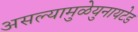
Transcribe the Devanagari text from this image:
असल्यामुळेयुनायटेड